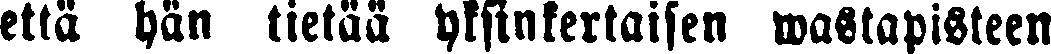
että hän tietää yksinkertaisen wastapisteen